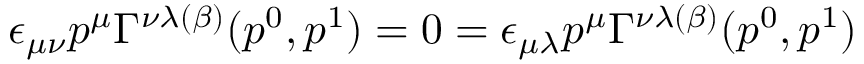
\epsilon _ { \mu \nu } p ^ { \mu } \Gamma ^ { \nu \lambda ( \beta ) } ( p ^ { 0 } , p ^ { 1 } ) = 0 = \epsilon _ { \mu \lambda } p ^ { \mu } \Gamma ^ { \nu \lambda ( \beta ) } ( p ^ { 0 } , p ^ { 1 } )